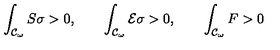
\int _ { { \cal { C } } _ { \omega } } { S \sigma } > 0 , \qquad \int _ { { \cal { C } } _ { \omega } } { { \cal { E } } \sigma } > 0 , \qquad \int _ { { \cal { C } } _ { \omega } } { F } > 0